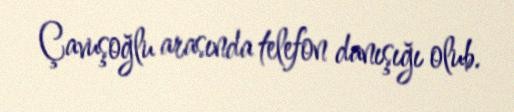
Çavuşoğlu arasında telefon danışığı olub.